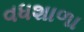
વધશાળા